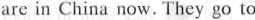
are in China now. They go to